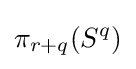
\pi _{r+q}(S^{q})